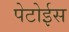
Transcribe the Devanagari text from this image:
पेटोईस